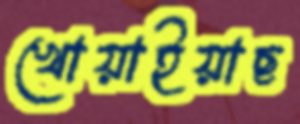
খোয়াইয়াছ